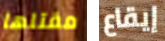
مقتلها إيقاع